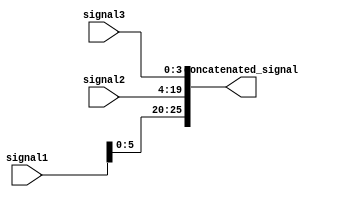
module Concatenation (
    input [7:0] signal1,
    input [15:0] signal2,
    input [3:0] signal3,
    output reg [25:0] concatenated_signal
);

assign concatenated_signal = {signal1, signal2, signal3};

endmodule